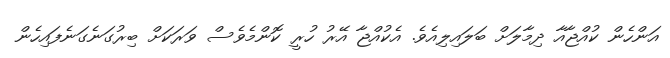
އަންހެން ކުއްޖާއާ ދިމާލަށް ބަލައިލިއެވެ. އެކުއްޖާ އޭރު ހުރީ ކޮންމެވެސް ވަރަކަށް ބިރުގަނެގަނެފައިހެން